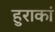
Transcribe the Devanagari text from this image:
हुराकां